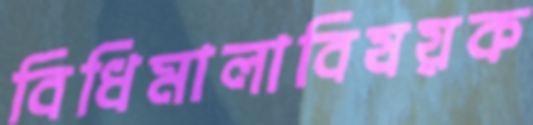
বিধিমালাবিষয়ক